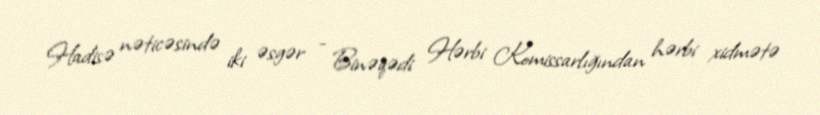
Hadisə nəticəsində iki əsgər - Binəqədi Hərbi Komissarlığından hərbi xidmətə